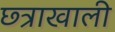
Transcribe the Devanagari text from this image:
छ्त्राखाली